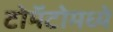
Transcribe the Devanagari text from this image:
टोमॅटोमध्ये